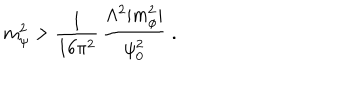
m _ { \psi } ^ { 2 } > \frac { 1 } { 1 6 \pi ^ { 2 } } \, \frac { \Lambda ^ { 2 } | m _ { \phi } ^ { 2 } | } { \psi _ { 0 } ^ { 2 } } \; .